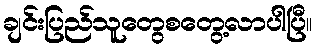
ချင်းပြည်သူတွေစတွေ့လာပါပြီ။